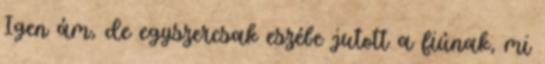
Igen ám, de egyszercsak eszébe jutott a fiúnak, mi